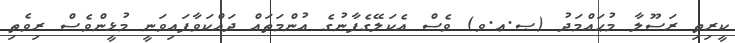
ކީރިތި ރަސޫލާ މުޙައްމަދު (ޞ.ޢ.ވ) ވެސް އެކަލޭގެފާނުގެ އުންމަތައް ދައްކަވާފައިވަނީ މުޅީންވެސް ރިވެތި